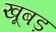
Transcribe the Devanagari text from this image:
खूबड़